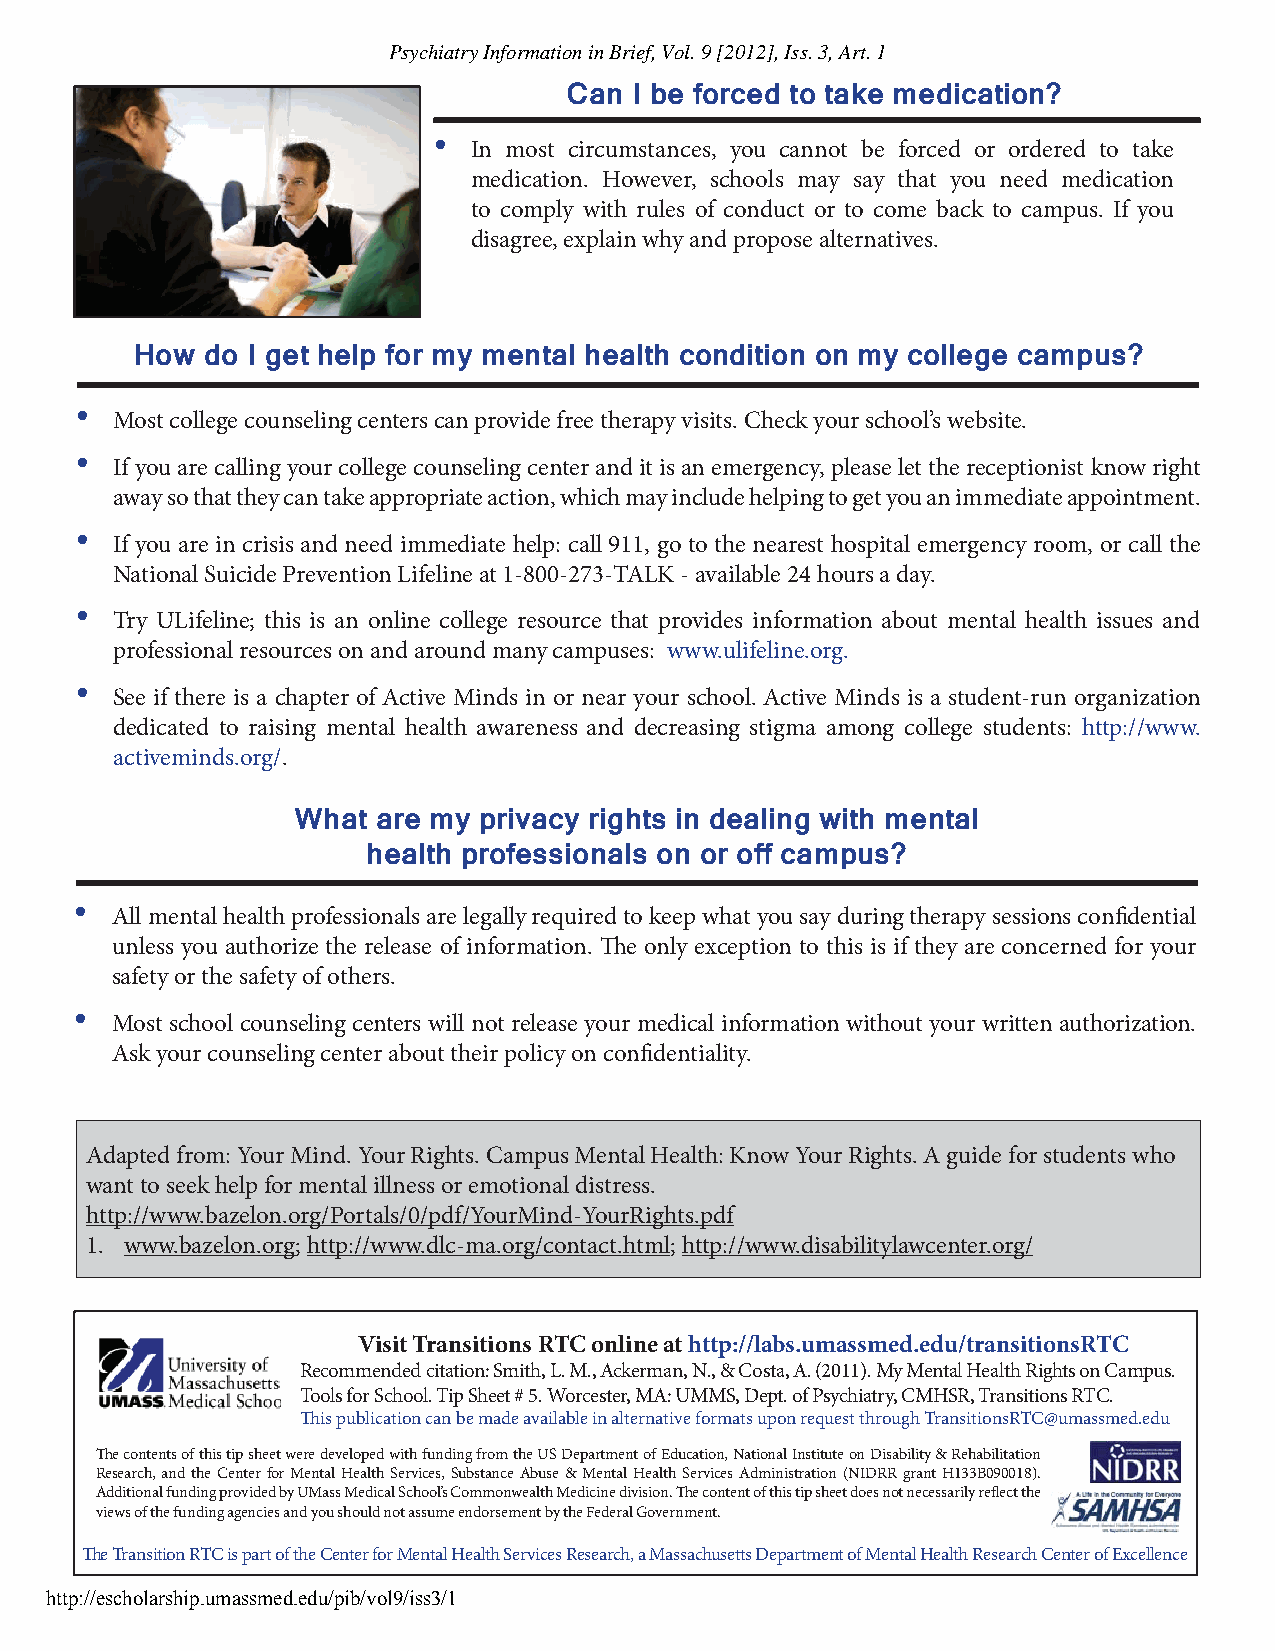
Psychiatry Information in Brief, Vol. 9 [2012], Iss. 3, Art. 1
 Can I be forced to take medication?
 • In most circumstances, you cannot be forced or ordered to take
 medication. However, schools may say that you need medication
 to comply with rules of conduct or to come back to campus. If you
 disagree, explain why and propose alternatives.
 How do I get help for my mental health condition on my college campus?
 •  Most college counseling centers can provide free therapy visits. Check your school’s website.
 •  If you are calling your college counseling center and it is an emergency, please let the receptionist know right
 away so that they can take appropriate action, which may include helping to get you an immediate appointment.
 •  If you are in crisis and need immediate help: call 911, go to the nearest hospital emergency room, or call the
 National Suicide Prevention Lifeline at 1-800-273-TALK - available 24 hours a day.
 •  Try ULifeline; this is an online college resource that provides information about mental health issues and
 professional resources on and around many campuses: www.ulifeline.org.
 •  See if there is a chapter of Active Minds in or near your school. Active Minds is a student-run organization
 dedicated to raising mental health awareness and decreasing stigma among college students: http://www.
 activeminds.org/.
 What  are my privacy rights in dealing with mental
 health professionals on or off campus?
 • All mental health professionals are legally required to keep what you say during therapy sessions confi dential
 unless you authorize the release of information. Th e only exception to this is if they are concerned for your
 safety or the safety of others.
 • Most school counseling centers will not release your medical information without your written authorization.
 Ask your counseling center about their policy on confi dentiality.
 Adapted from: Your Mind. Your Rights. Campus Mental Health: Know Your Rights. A guide for students who
 want to seek help for mental illness or emotional distress.
 http://www.bazelon.org/Portals/0/pdf/YourMind-YourRights.pdf
 1. www.bazelon.org; http://www.dlc-ma.org/contact.html; http://www.disabilitylawcenter.org/
 Visit Transitions RTC online at http://labs.umassmed.edu/transitionsRTC
 Recommended citation: Smith, L. M., Ackerman, N., & Costa, A. (2011). My Mental Health Rights on Campus.
 Tools for School. Tip Sheet # 5. Worcester, MA: UMMS, Dept. of Psychiatry, CMHSR, Transitions RTC.
 Th is publication can be made available in alternative formats upon request through TransitionsRTC@umassmed.edu
 Th e contents of this tip sheet were developed with funding from the US Department of Education, National Institute on Disability & Rehabilitation
 Research, and the Center for Mental Health Services, Substance Abuse & Mental Health Services Administration (NIDRR grant H133B090018).
 Additional funding provided by UMass Medical School’s Commonwealth Medicine division. Th e content of this tip sheet does not necessarily refl ect the
 views of the funding agencies and you should not assume endorsement by the Federal Government.
 Th e Transition RTC is part of the Center for Mental Health Services Research, a Massachusetts Department of Mental Health Research Center of Excellence
 http://escholarship.umassmed.edu/pib/vol9/iss3/1